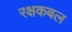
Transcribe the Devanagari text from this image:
रक्षकबल